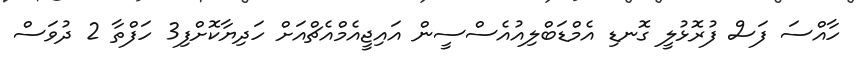
ހާއްސަ ފަސް ފުރޮޅުލީ ގޮނޑި އެމްޑަބްލިއުއެސްސީން އައިޖީއެމްއެޗްއަށް ހަދިޔާކޮށްފި3 ހަފްތާ 2 ދުވަސް